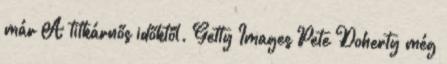
már A titkárnős időktől. Getty Images Pete Doherty még